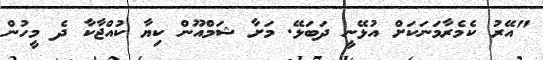
"އޭރު ކެމެރާމަނަކަށް އުޅޭނީ ދަބަޅޭ. މަށާ ޝަމްއޫން ކިޔާ ކުއްޖާކާ ދެ މީހުން